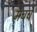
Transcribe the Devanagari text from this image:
मॅचचे